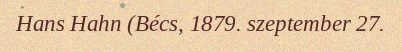
Hans Hahn (Bécs, 1879. szeptember 27.